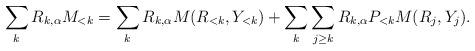
LaTeX: \begin{align*}\sum_k R_{k,\alpha} M_{<k} = \sum_k R_{k,\alpha} M(R_{<k}, Y_{<k}) +\sum_k \sum_{j \geq k} R_{k,\alpha} P_{<k} M(R_j,Y_j).\end{align*}